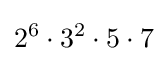
2^{6}\cdot 3^{2}\cdot 5\cdot 7